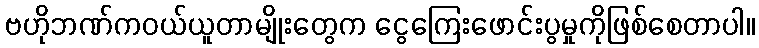
ဗဟိုဘဏ်ကဝယ်ယူတာမျိုးတွေက ငွေကြေးဖောင်းပွမှုကိုဖြစ်စေတာပါ။